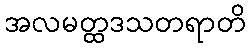
အလမတ္ထဒသတရာတိ